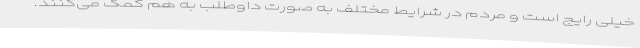
خیلی رایج است و مردم در شرایط مختلف به صورت داوطلب به هم کمک می‌کنند.